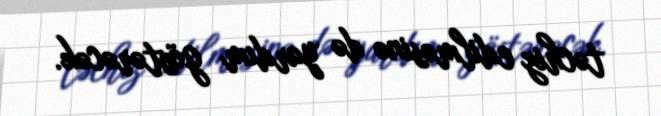
təchiz edilməsinə də yardım göstərəcək.